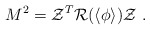
\begin{align*}M^2 = {\cal Z}^T {\cal R} (\langle\phi\rangle) {\cal Z}\ .\end{align*}